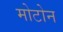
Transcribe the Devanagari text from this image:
मोटोन